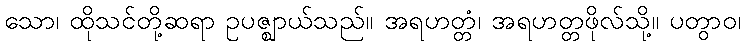
သော၊ ထိုသင်တို့ဆရာ ဥပဇ္ဈာယ်သည်။ အရဟတ္တံ၊ အရဟတ္တဖိုလ်သို့။ ပတွာဝ၊